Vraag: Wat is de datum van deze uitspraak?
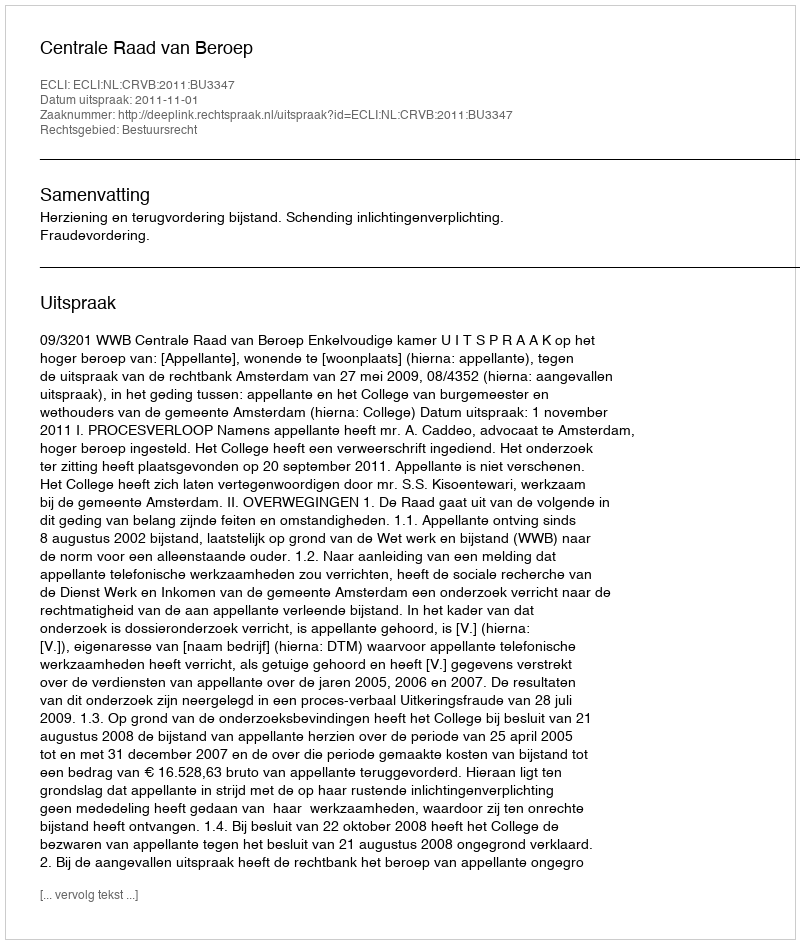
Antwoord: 2011-11-01